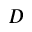
D